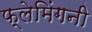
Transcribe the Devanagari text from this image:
फ्लेमिंगनी